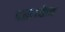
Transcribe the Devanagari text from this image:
दस्तवेज